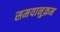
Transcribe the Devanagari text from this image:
समयानुक्रम